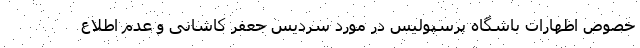
خصوص اظهارات باشگاه پرسپولیس در مورد سردیس جعفر کاشانی و عدم اطلاع